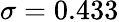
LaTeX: \sigma=0.433